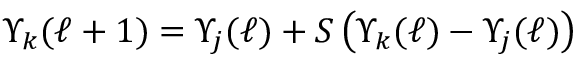
\Upsilon _ { k } ( \ell + 1 ) = \Upsilon _ { j } ( \ell ) + S \left( \Upsilon _ { k } ( \ell ) - \Upsilon _ { j } ( \ell ) \right)